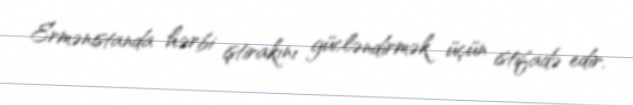
Ermənistanda hərbi iştirakını gücləndirmək üçün istifadə edir.